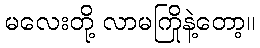
မလေးတို့ လာမကြိုနဲ့တော့။